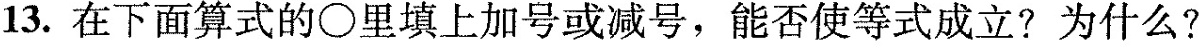
13.在下面算式的○里填上加号或减号，能否使等式成立?为什么?